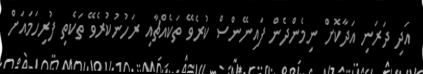
އަދި ދަރަނި އަދާކޮށް ނިމެންދެން ފައިނޭންސް ކުރެވޭ ތަކެއްޗާއި ރަހުނުކުރެވޭ ތަކެތި ފުރިހަމައަށް